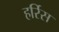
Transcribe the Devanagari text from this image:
हर्रिस